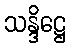
သန္ဒိဋ္ဌေ